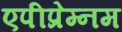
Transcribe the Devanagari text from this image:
एपीप्रेम्नम